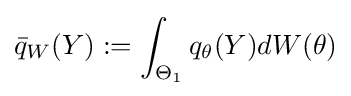
{\bar {q}}_{W}(Y):=\int _{\Theta _{1}}q_{\theta }(Y)dW(\theta )